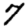
Digit: 7